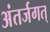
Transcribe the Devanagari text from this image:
अंतर्जगत्‌